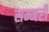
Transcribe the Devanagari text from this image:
सम्मरी